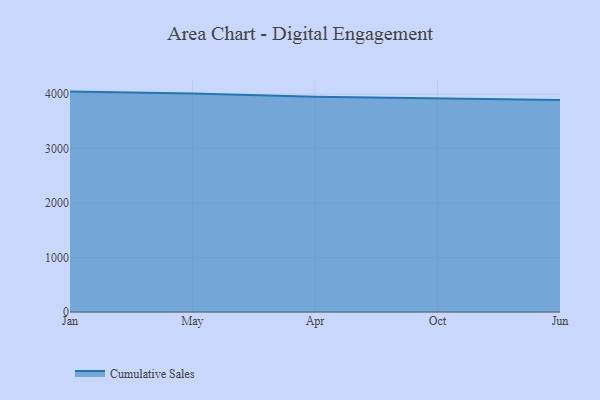
{"axis": {"x": "Month", "y": "Churn Rate (%)"}, "legend": ["Cumulative Sales"], "data": [{"x": "Jan", "y": 4045.6, "type": "Cumulative Sales"}, {"x": "May", "y": 4012.6, "type": "Cumulative Sales"}, {"x": "Apr", "y": 3952.5, "type": "Cumulative Sales"}, {"x": "Oct", "y": 3927.1, "type": "Cumulative Sales"}, {"x": "Jun", "y": 3891.1, "type": "Cumulative Sales"}]}